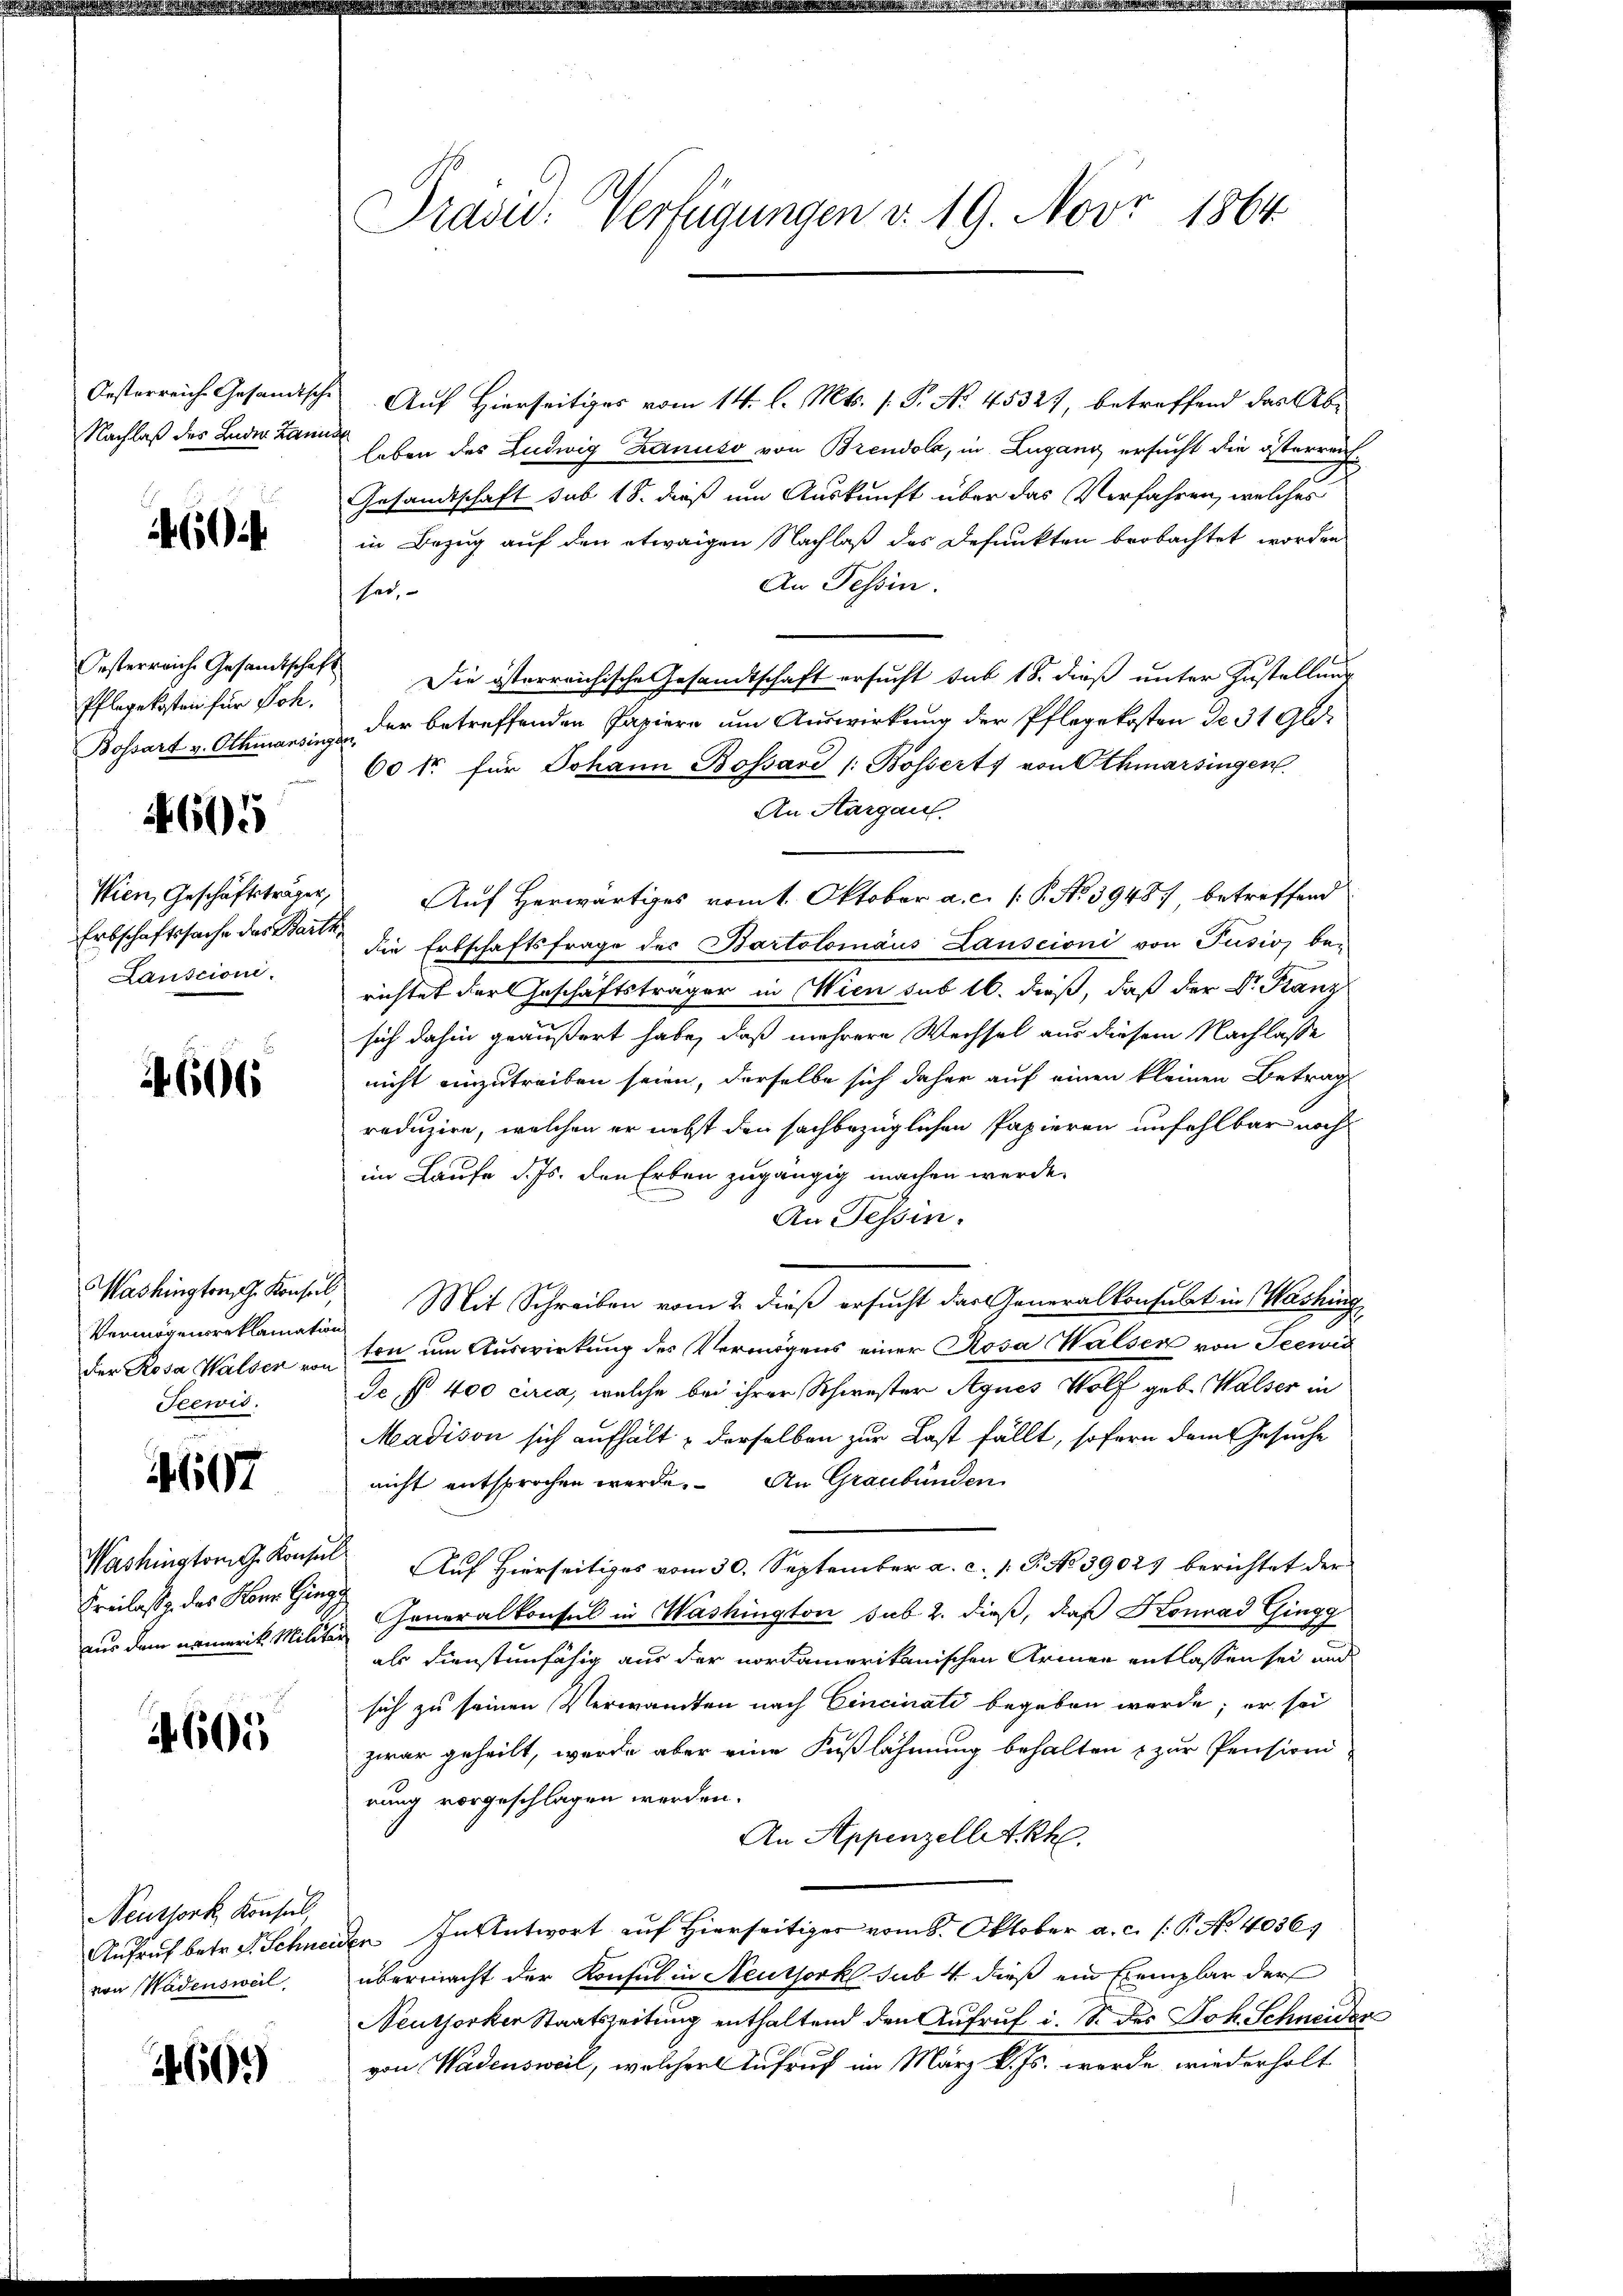
Oesterreiche Gesandtsch
Nachlaß des Leder Kann

6

Oesterreiche Gesamtschaft
Pflegekosten für Sch.
Bossart v. Othmansing.

605

Wien, Geschäftsträger,
Erbschaftssache das Barte
Lanscione.

4606

Washington G. Konseil,
Vermögensreklamation
Der Rosa Walser von
Jeewis

407

Washington G. Konsin
Freilass des Konr. Gim
aus dem namerik. Milita

4605

Neuthork, Konsul
Aufruf betr. S. Schnei
von Wadenswal

44600

Prad: Verfügungen v. 19. Nov. 1864

Auf Hierseitiges vom 14. l. Mts. (T. No. 45327, betreffend das Ableben des Ludwig Banuso von Brendola, in Lugang ersucht die österreich¬
Gesandtschaft sub 18. dieß um Auskunft über das Verfahren, welches
in Bezug auf den etwaigen Nachlaß des Defunkten beobachtet worden
An Tessin.
hat,
Die österreichische Gesandtschaft ersucht sub 18. dieß unter Zustellung
der betreffenden Papiere um Auswirkung der Pflegekosten de 31 Gld¬
60 fr. für Johann Bossard /: Bossert von Othmarsingen.
An Aargau
Auf Herwärtiges vom 1. Oktober a. c. (: P. No 3948 betreffend
die Erbschaftsfrage des Bartolomäus Lauscioni von Pusion be-
richtet der Geschäftsträger in Wien sub 16. dieß, daß der Dr. Franz
sich dahin geäußert habe, daß mehrere Wechsel aus diesem Nachlasse
nicht einzutreiben seien, derselbe sich daher auf einen kleinen Betrag
reduzire, welchen er nebst den sachbezüglichen Papieren unfehlbar noch
im Laufe d. Js. den Erben zugängig machen werde.
An Tessin.
Mit Schreiben vom 2. dieß ersucht das Generalkonsulat in Washing
ton um Auswirkung des Vermögens einer Rosa Walser von Seewis
Ie §. 400 circa, welche bei ihrer Schwester Agnes Wolf geb. Walser in
Madison sich aufhält & derselben zur Last fällt, sofern dem Gesuche
nicht entsprochen werde. An Graubünden
Auf Hierseitiges vom 30. September a. c. 1 P. No 39027 berichtet der
Generalkonsul in Washington sub. 2. dieß, daß Konrad Gingg
als dienstunfähig aus der nordamerikanischen Armen entlassen sei und
sich zu seinen Verwandten nach Cincinati begeben werde; er sei
zwar geheilt, werde aber eine Fußlähmung behalten & zur Pensioni
rung vorgeschlagen werden.
An Appenzellet Rh
den. In Antwort auf Hierseitiger vom 8. Oktober a. c. (T. No 4036
übermacht der Konsul in Neuthorkl sub 4 dieß ein Exemplar der
Neuthorker Staatszeitung enthaltend den Aufruf i. S. des Joh. Schneider
von Wadensweil, welcher Aufruf im März l. Js. werde wiederholt